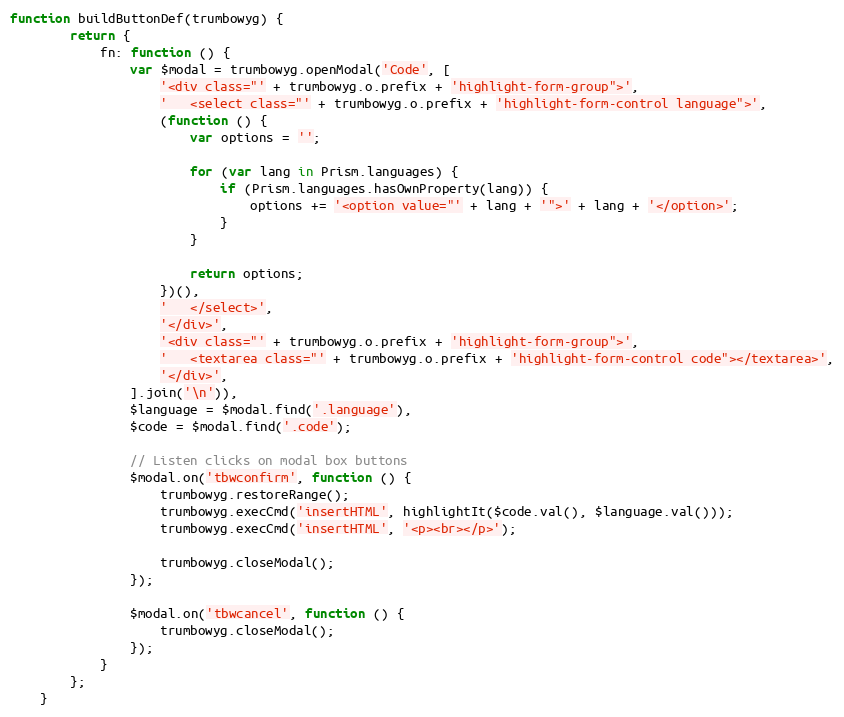
Language: JavaScript
function buildButtonDef(trumbowyg) {
        return {
            fn: function () {
                var $modal = trumbowyg.openModal('Code', [
                    '<div class="' + trumbowyg.o.prefix + 'highlight-form-group">',
                    '   <select class="' + trumbowyg.o.prefix + 'highlight-form-control language">',
                    (function () {
                        var options = '';

                        for (var lang in Prism.languages) {
                            if (Prism.languages.hasOwnProperty(lang)) {
                                options += '<option value="' + lang + '">' + lang + '</option>';
                            }
                        }

                        return options;
                    })(),
                    '   </select>',
                    '</div>',
                    '<div class="' + trumbowyg.o.prefix + 'highlight-form-group">',
                    '   <textarea class="' + trumbowyg.o.prefix + 'highlight-form-control code"></textarea>',
                    '</div>',
                ].join('\n')),
                $language = $modal.find('.language'),
                $code = $modal.find('.code');

                // Listen clicks on modal box buttons
                $modal.on('tbwconfirm', function () {
                    trumbowyg.restoreRange();
                    trumbowyg.execCmd('insertHTML', highlightIt($code.val(), $language.val()));
                    trumbowyg.execCmd('insertHTML', '<p><br></p>');

                    trumbowyg.closeModal();
                });

                $modal.on('tbwcancel', function () {
                    trumbowyg.closeModal();
                });
            }
        };
    }